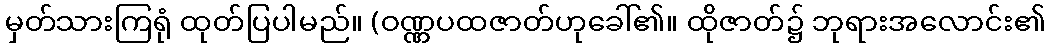
မှတ်သားကြရုံ ထုတ်ပြပါမည်။ (ဝဏ္ဏပထဇာတ်ဟုခေါ်၏။ ထိုဇာတ်၌ ဘုရားအလောင်း၏